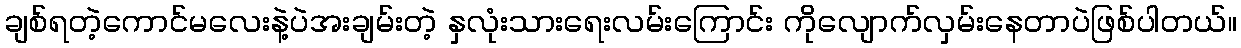
ချစ်ရတဲ့ကောင်မလေးနဲ့ပဲအးချမ်းတဲ့ နှလုံးသားရေးလမ်းကြောင်း ကိုလျောက်လှမ်းနေတာပဲဖြစ်ပါတယ်။